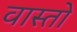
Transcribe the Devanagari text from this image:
वास्तो